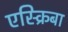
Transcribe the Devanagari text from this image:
एस्क्रिबा